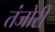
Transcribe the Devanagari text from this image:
तंजोरी